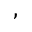
,